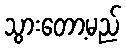
သွားတော့မည်